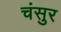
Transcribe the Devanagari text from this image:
चंसुर